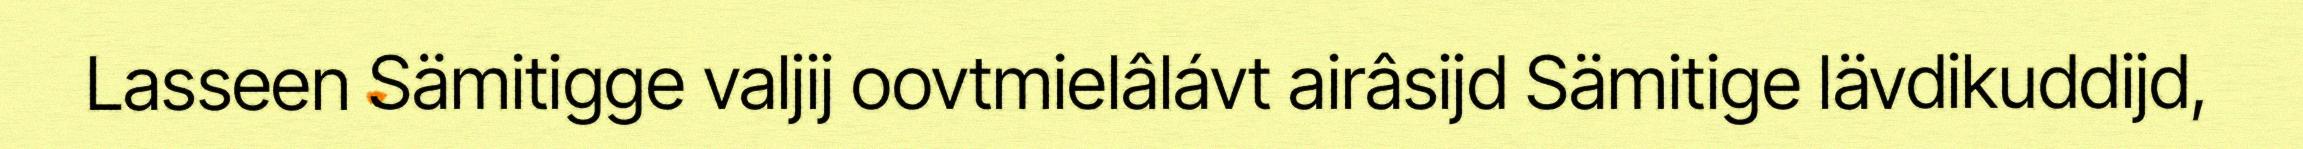
Lasseen Sämitigge valjij oovtmielâlávt airâsijd Sämitige lävdikuddijd,